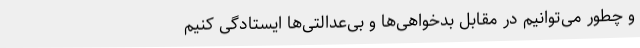
و چطور می‌توانیم در مقابل بدخواهی‌ها و بی‌عدالتی‌ها ایستادگی کنیم